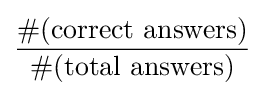
{\frac {\#{\text{(correct answers)}}}{\#{\text{(total answers)}}}}